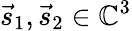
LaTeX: \vec{s}_{1},\vec{s}_{2}\in\mathbb{C}^{3}